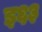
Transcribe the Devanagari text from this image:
इ६३